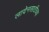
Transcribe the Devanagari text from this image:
लादेनसाठीच्या